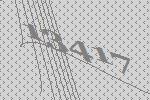
13417